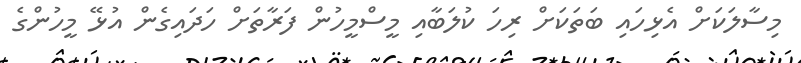
މިސާލަކަށް އެޅިހައި ބަތަކަށް ރިހަ ކުލަބާއި މީސްމީހުން ފަރާތަށް ހަދައިގެން އުޅޭ މީހުންގެ